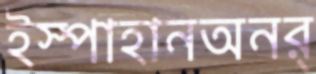
ইস্পাহানঅনর্